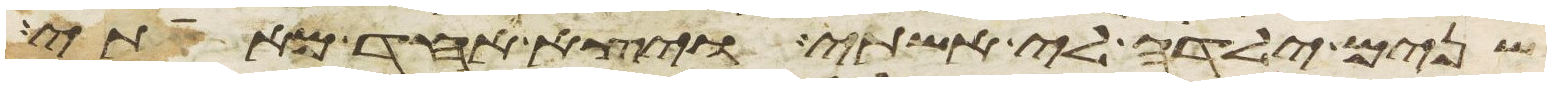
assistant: שנים ילדה לי אשתי ויצא האחד מאתי